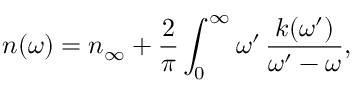
n ( \omega ) = n _ { \infty } + \frac { 2 } { \pi } \int _ { 0 } ^ { \infty } \d \omega ^ { \prime } \, \frac { k ( \omega ^ { \prime } ) } { \omega ^ { \prime } - \omega } ,